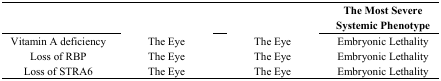
<table><thead><tr><td>[EMPTY_CELL]</td><td>[EMPTY_CELL]</td><td>[EMPTY_CELL]</td><td><b>The Most Severe Systemic Phenotype</b></td></tr></thead><tbody><tr><td>Vitamin A deficiency</td><td>The Eye</td><td>The Eye</td><td>Embryonic Lethality</td></tr><tr><td>Loss of RBP</td><td>The Eye</td><td>The Eye</td><td>Embryonic Lethality</td></tr><tr><td>Loss of STRA6</td><td>The Eye</td><td>The Eye</td><td>Embryonic Lethality</td></tr></tbody></table>